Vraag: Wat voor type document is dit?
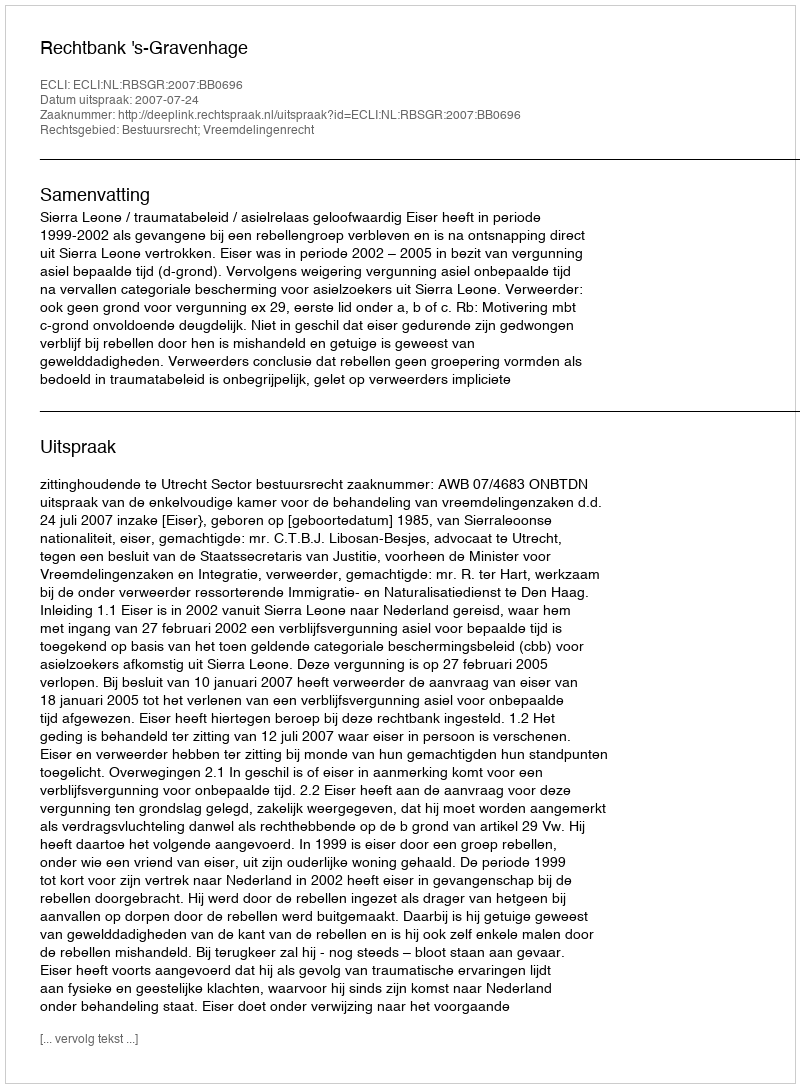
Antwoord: Uitspraak